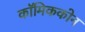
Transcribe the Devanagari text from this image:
कॉमिककोन